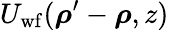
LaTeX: U_{\mathrm{wf}}(\boldsymbol{\rho}^{\prime}-\boldsymbol{\rho},z)